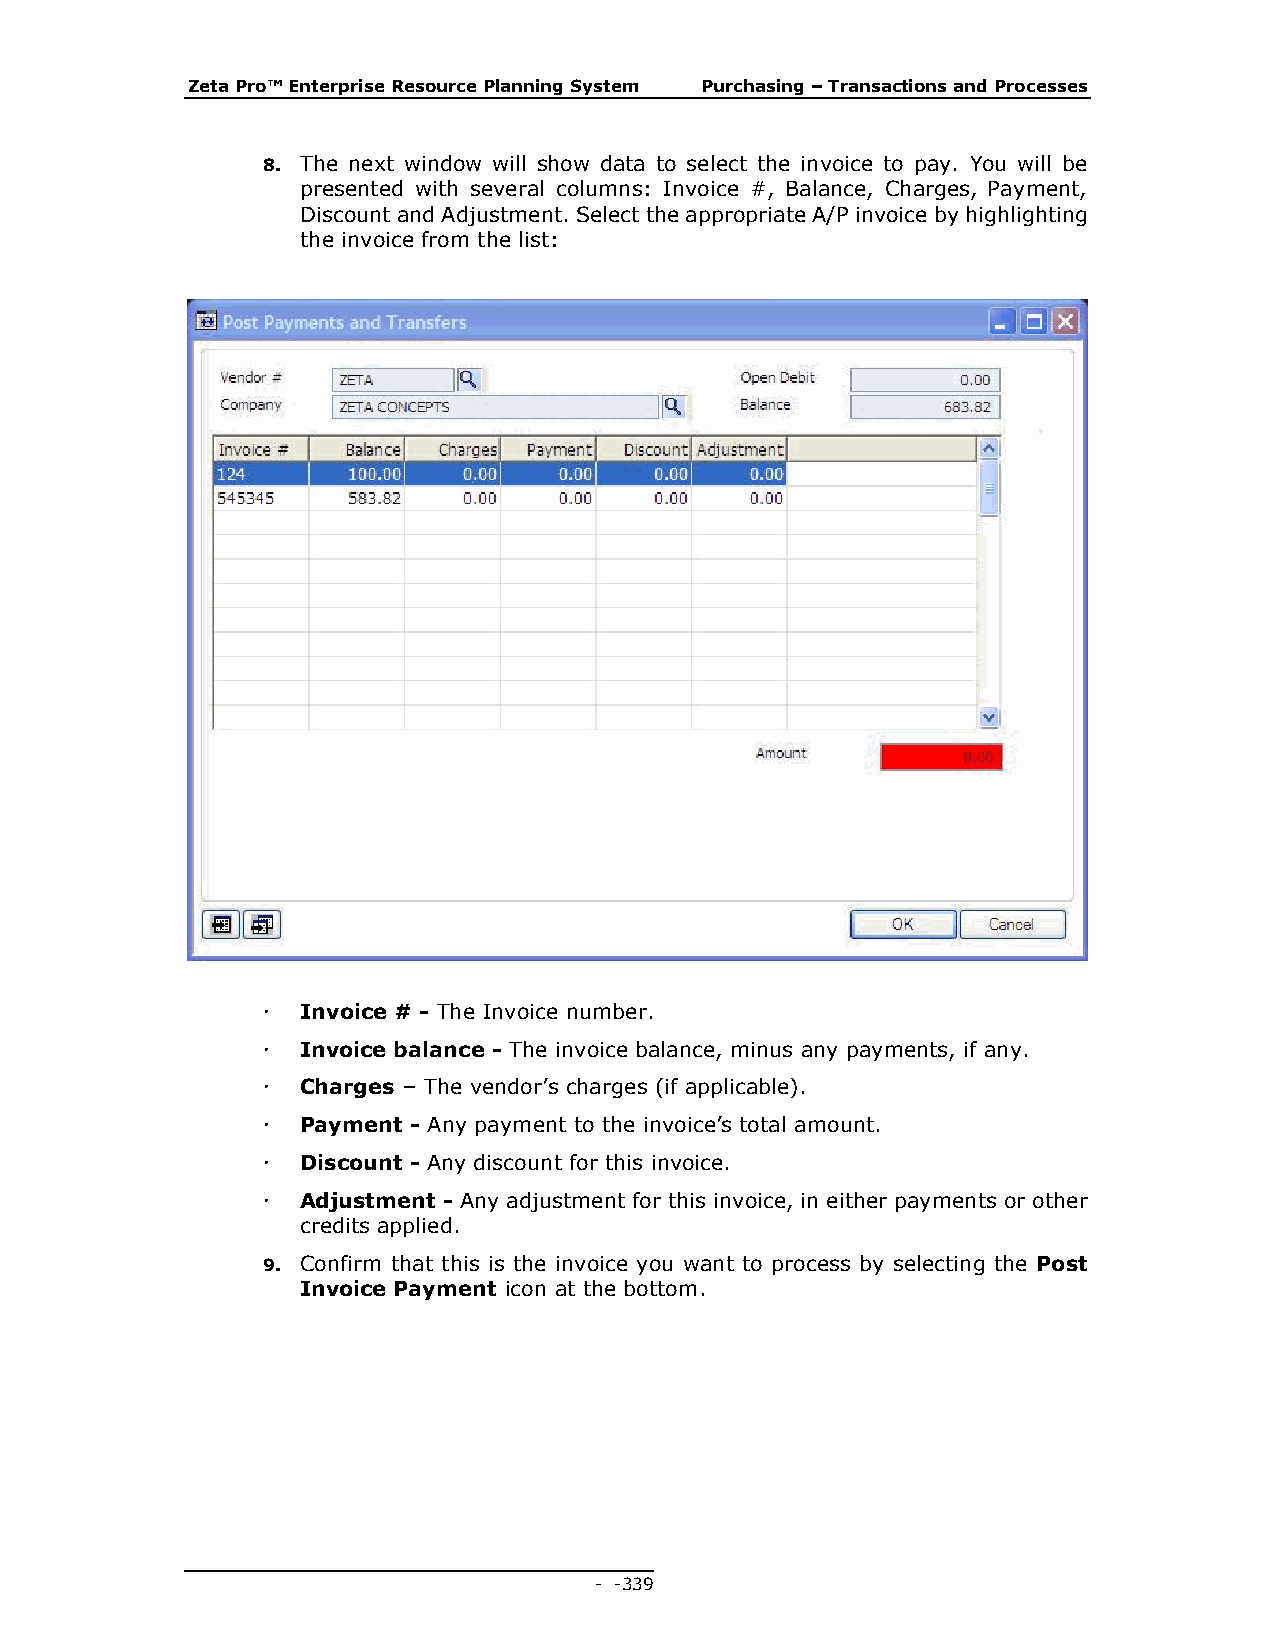
Zeta Pro™ Enterprise Resource Planning System Purchasing – Transactions and Processes
 8. The next window will show data to select the invoice to pay. You will be
 presented with several columns: Invoice #, Balance, Charges, Payment,
 Discount and Adjustment. Select the appropriate A/P invoice by highlighting
 the invoice from the list:
   Invoice # - The Invoice number.
   Invoice balance - The invoice balance, minus any payments, if any.
   Charges – The vendor’s charges (if applicable).
   Payment - Any payment to the invoice’s total amount.
   Discount - Any discount for this invoice.
   Adjustment - Any adjustment for this invoice, in either payments or other
 credits applied.
 9. Confirm that this is the invoice you want to process by selecting the Post
 Invoice Payment icon at the bottom.
 - - 339